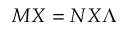
M X = N X \Lambda